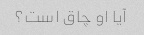
آیا او چاق است؟